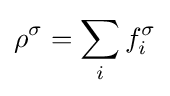
\rho ^{\sigma }=\sum _{i}f_{i}^{\sigma }\,\!